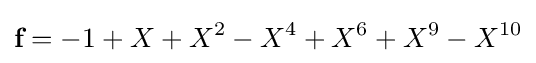
{\textbf {f}}=-1+X+X^{2}-X^{4}+X^{6}+X^{9}-X^{10}